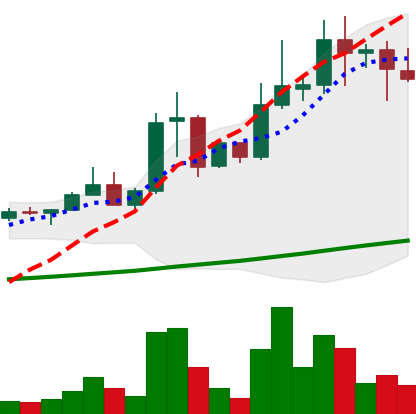
Ticker: XLM-USD
Chart end date: 2021-04-17
Forward return: -24.849%
Label: down_7plus